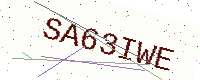
Text: SA63IWE